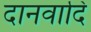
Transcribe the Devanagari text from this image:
दानवादि